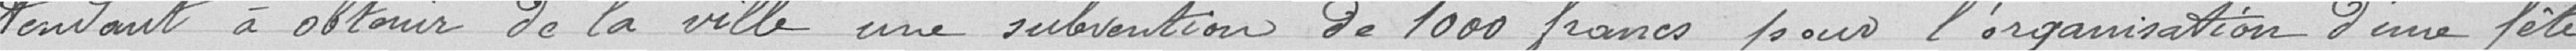
tendant à obtenir de la ville une subvention de 1 000 francs pour l’organisation d’une fête